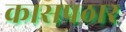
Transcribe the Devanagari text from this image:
कासपठार